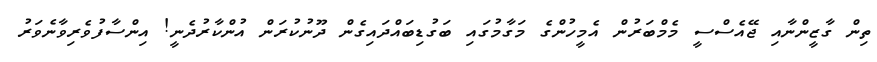
ތިން ގާޒީންނާއި ޖޭއެސްސީ މެމްބަރުން އެމީހުންގެ މަގާމުގައި ބަގުޑިބައްދައިގެން ދޫނުކުރަން އުންކާރުދެނީ! އިންސާފުވެރިވާނެވަރު